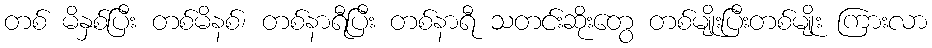
တစ် မိနှစ်ပြီး တစ်မိနစ်၊ တစ်နာရီပြီး တစ်နာရီ သတင်းဆိုးတွေ တစ်မျိုးပြီးတစ်မျိုး ကြားလာ